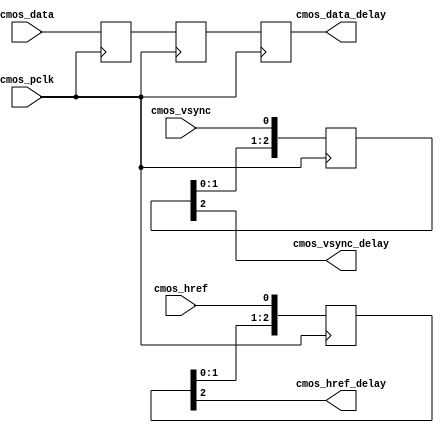
module camera_delay
(
   input                cmos_pclk,              //cmos pxiel clock
   input                cmos_href,              //cmos hsync refrence
	input                cmos_vsync,             //cmos vsync
	input     [7:0]      cmos_data,              //cmos data

   output               cmos_href_delay,              //cmos hsync refrence
	output               cmos_vsync_delay,             //cmos vsync
	output     [7:0]     cmos_data_delay              //cmos data
) ;

reg [2:0] cmos_href_buf ;
reg [2:0] cmos_vsync_buf ;
reg [7:0] cmos_data_d0 ;
reg [7:0] cmos_data_d1 ;
reg [7:0] cmos_data_d2 ;


always @(posedge cmos_pclk)
begin 
  cmos_href_buf <= {cmos_href_buf[1:0], cmos_href} ;
end

always @(posedge cmos_pclk)
begin 
  cmos_vsync_buf <= {cmos_vsync_buf[1:0], cmos_vsync} ;
end

always @(posedge cmos_pclk)
begin 
  cmos_data_d0 <= cmos_data ;
  cmos_data_d1 <= cmos_data_d0 ;
  cmos_data_d2 <= cmos_data_d1 ;
end

assign cmos_href_delay = cmos_href_buf[2] ;
assign cmos_vsync_delay = cmos_vsync_buf[2] ;
assign cmos_data_delay = cmos_data_d2 ;



endmodule